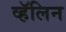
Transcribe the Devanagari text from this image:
व्हॅलिन